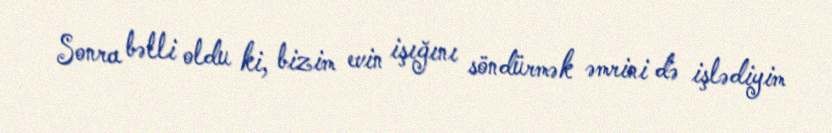
Sonra bəlli oldu ki, bizim evin işığını söndürmək əmrini də işlədiyim